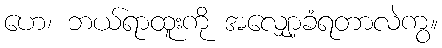
ဟေ၊ ဘယ်ရာထူးကို အလျှော့ခံရတာလဲကွ။